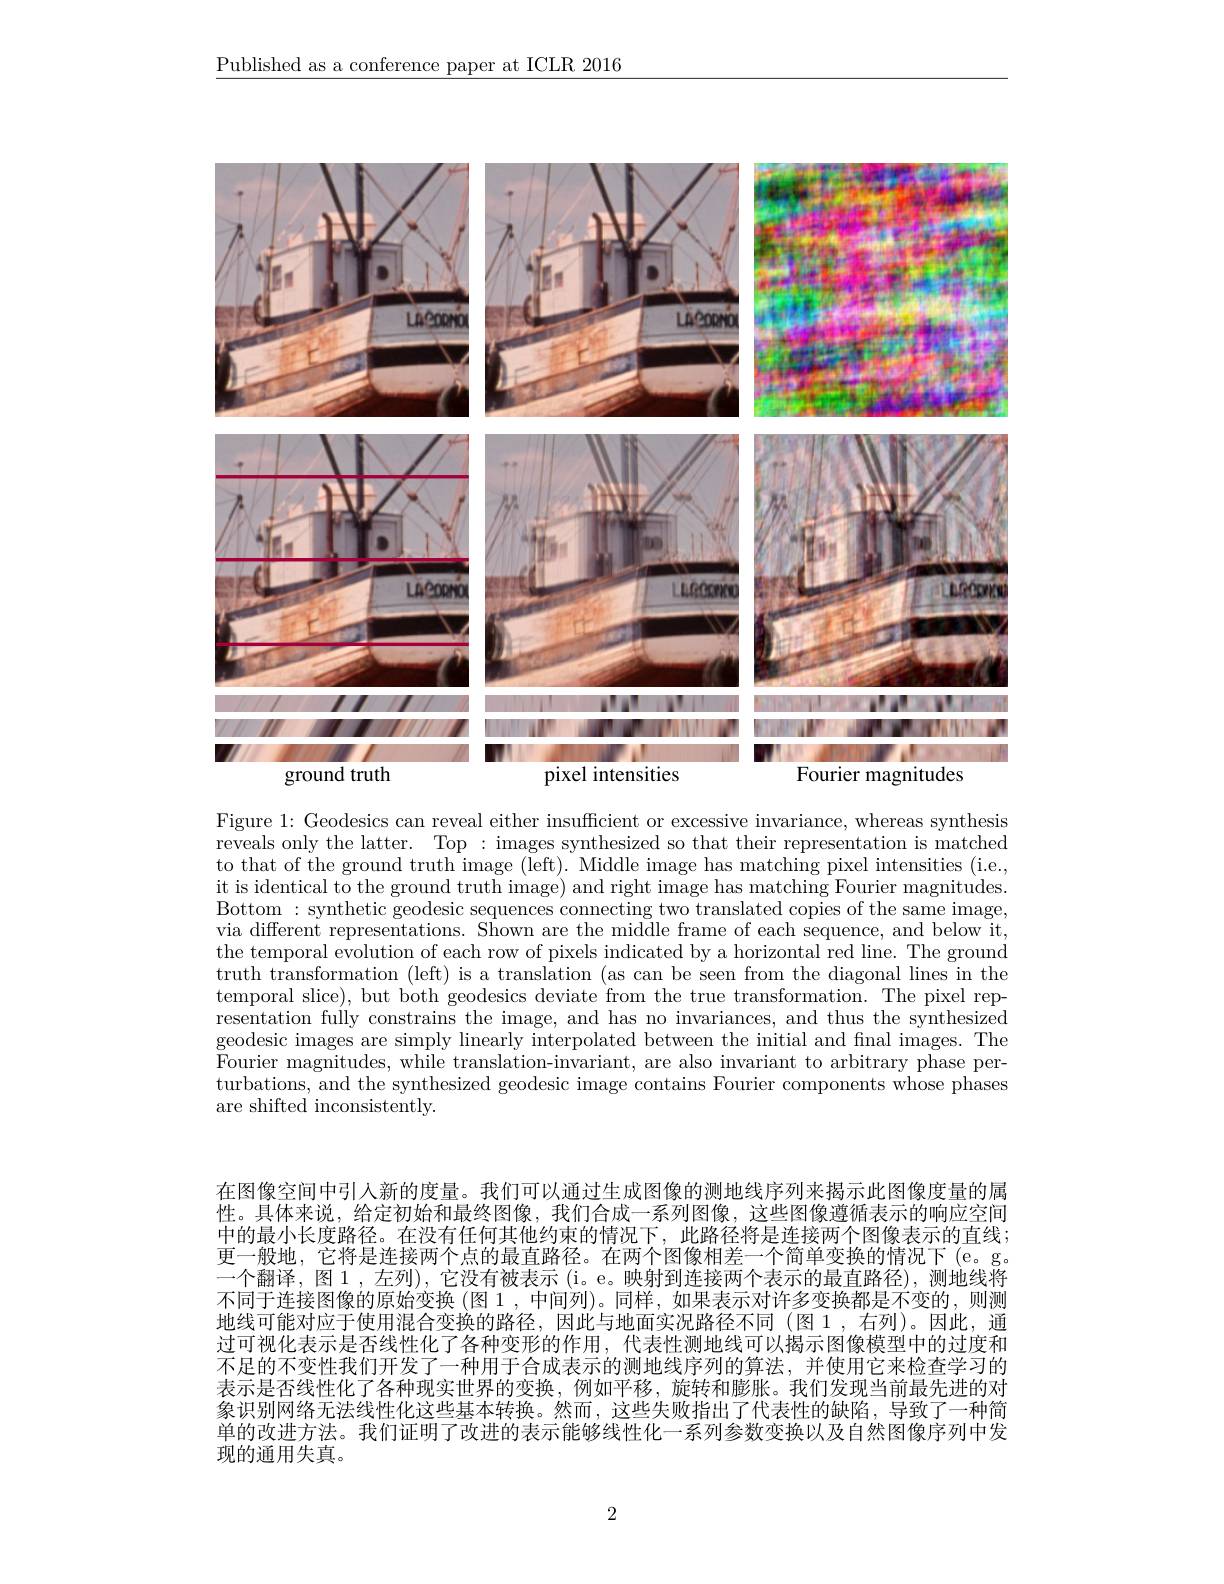
$\underline{\text{Published as a conference paper at ICLR 2016}}$

<FigureHere>

Figure 1: Geodesics can reveal either insufficient or excessive invariance, whereas synthesis reveals only the latter. Top : images synthesized so that their representation is matched to that of the ground truth image (left). Middle image has matching pixel intensities (i.e., it is identical to the ground truth image) and right image has matching Fourier magnitudes. Bottom : synthetic geodesic sequences connecting two translated copies of the same image, via different representations. Shown are the middle frame of each sequence, and below it, the temporal evolution of each row of pixels indicated by a horizontal red line. The ground truth transformation (left) is a translation (as can be seen from the diagonal lines in the temporal slice), but both geodesics deviate from the true transformation. The pixel rep- $\dot{\text{resentation fully constrains the image, and has no invariances, and thus the synthesized}}$ geodesic images are simply linearly interpolated between the initial and fnal images. The Fourier magnitudes, while translation-invariant, are also invariant to arbitrary phase perturbations, and the synthesized geodesic image contains Fourier components whose phases are shifted inconsistently.

在图像空间中引人新的度量。我们可以通过生成图像的测地线序列来揭示此图像度量的属性。具体来说，给定初始和最终图像，我们合成一系列图像，这些图像遵循表示的响应空间中的最小长度路径。在没有任何其他约束的情况下，此路径将是连接两个图像表示的直线； 更一般地，它将是连接两个点的最直路径。在两个图像相差一个简单变换的情况下(e。g。一个翻译，图 1 , 左列), 它没有被表示 (i。e。映射到连接两个表示的最直路径),测地线将不同于连接图像的原始变换 (图 1 , 中间列)。同样，如果表示对许多变换都是不变的，则测地线可能对应于使用混合变换的路径，因此与地面实况路径不同 (图 1 ,右列)。因此，通过可视化表示是否线性化了各种变形的作用，代表性测地线可以揭示图像模型中的过度和不足的不变性我们开发了一种用于合成表示的测地线序列的算法，并使用它来检查学习的表示是否线性化了各种现实世界的变换，例如平移，旋转和膨胀。我们发现当前最先进的对象识别网络无法线性化这些基本转换。然而，这些失败指出了代表性的缺陷，导致了一种简单的改进方法。我们证明了改进的表示能够线性化一系列参数变换以及自然图像序列中发现的通用失真。

2